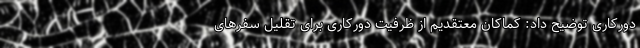
دورکاری توضیح داد: کماکان معتقدیم از ظرفیت دورکاری برای تقلیل سفرهای